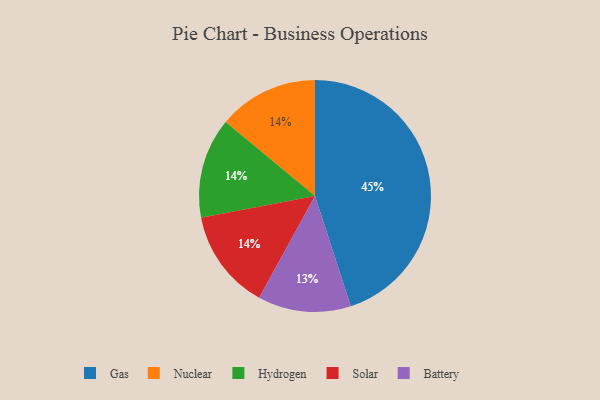
{"axis": {"x": "Category", "y": "Percentage"}, "legend": ["Battery", "Gas", "Hydrogen", "Nuclear", "Solar"], "data": [{"x": "Nuclear", "y": 14, "type": "Nuclear"}, {"x": "Battery", "y": 13, "type": "Battery"}, {"x": "Hydrogen", "y": 14, "type": "Hydrogen"}, {"x": "Gas", "y": 45, "type": "Gas"}, {"x": "Solar", "y": 14, "type": "Solar"}]}